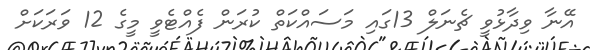
އޭނާ ވިދާޅުވީ ޗެނަލް 13ގައި މަސައްކަތް ކުރަން ފެއްޓެވީ މީގެ 12 ވަރަކަށް